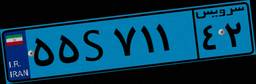
۵۵S۷۱۱۴۲